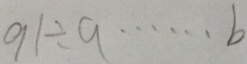
9 1 \div 9 \cdots b